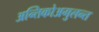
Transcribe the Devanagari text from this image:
अन्तिकोअगुलन्त